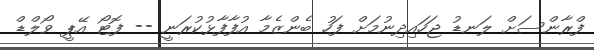
ފްރާންސަށް ލަނޑު ޖަހައިދިނުމަށް ފަހު ބެންޒެމާ އުފާފާޅުކުރަނީ -- ފޮޓޯ އޭޕީ ވޯލްޑް